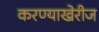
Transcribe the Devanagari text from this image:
करण्याखेरीज